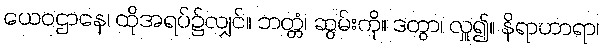
ယေဝဌာနေ၊ ထိုအရပ်၌လျှင်။ ဘတ္တံ၊ ဆွမ်းကို။ ဒတွာ၊ လှူ၍။ နိရာဟာရာ၊